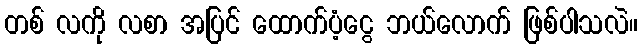
တစ် လကို လစာ အပြင် ထောက်ပံ့ငွေ ဘယ်လောက် ဖြစ်ပါသလဲ။